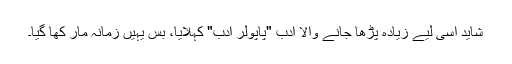
شاید اسی لیے زیادہ پڑھا جانے والا ادب "پاپولر ادب" کہلایا، بس یہیں زمانہ مار کھا گیا۔